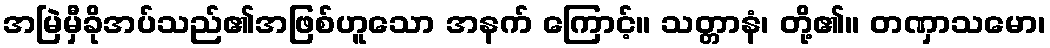
အမြဲမှီခိုအပ်သည်၏အဖြစ်ဟူသော အနက် ကြောင့်။ သတ္တာနံ၊ တို့၏။ တဏှာသမော၊